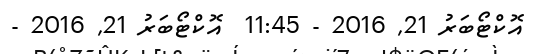
އޮކްޓޯބަރު 21